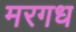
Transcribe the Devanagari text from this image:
मरगध